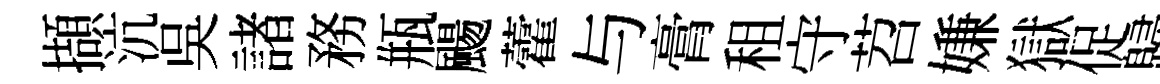
擷沆吳諸務瓶颺藿与膏租守苕嫌獄促歸